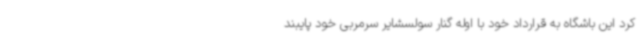
کرد این باشگاه به قرارداد خود با اوله گنار سولسشایر سرمربی خود پایبند